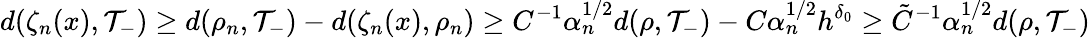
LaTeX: d(\zeta_{n}(x),\mathcal{T}_{-})\geq d(\rho_{n},\mathcal{T}_{-})-d(\zeta_{n}(x),\rho_{n})\geq C^{-1}\alpha_{n}^{1/2}d(\rho,\mathcal{T}_{-})-C\alpha_{n}^{1/2}h^{\delta_{0}}\geq\tilde{C}^{-1}\alpha_{n}^{1/2}d(\rho,\mathcal{T}_{-})